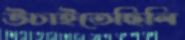
উচাইতেছিলি